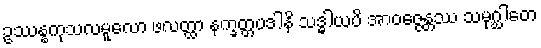
ဥဿန္နကုသလမူလော ဖလတ္ထာ နက္ခတ္တပဒါနိ သဒ္ဓါယပိ အာဝဇ္ဇေန္တဿ သမုဂ္ဃါတေ